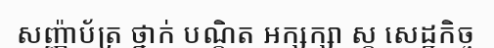
សញ្ញ៉ាប័ត្រ ថ្នាក់ បណ្តិត អក្សក្សា ស្ត សេដ្ឋកិច្ច